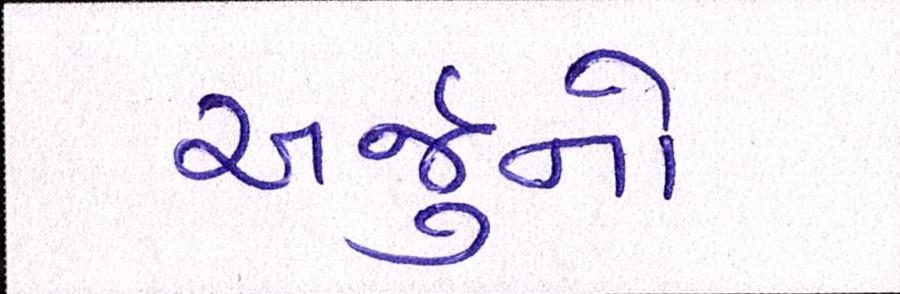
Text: અર્જુનો